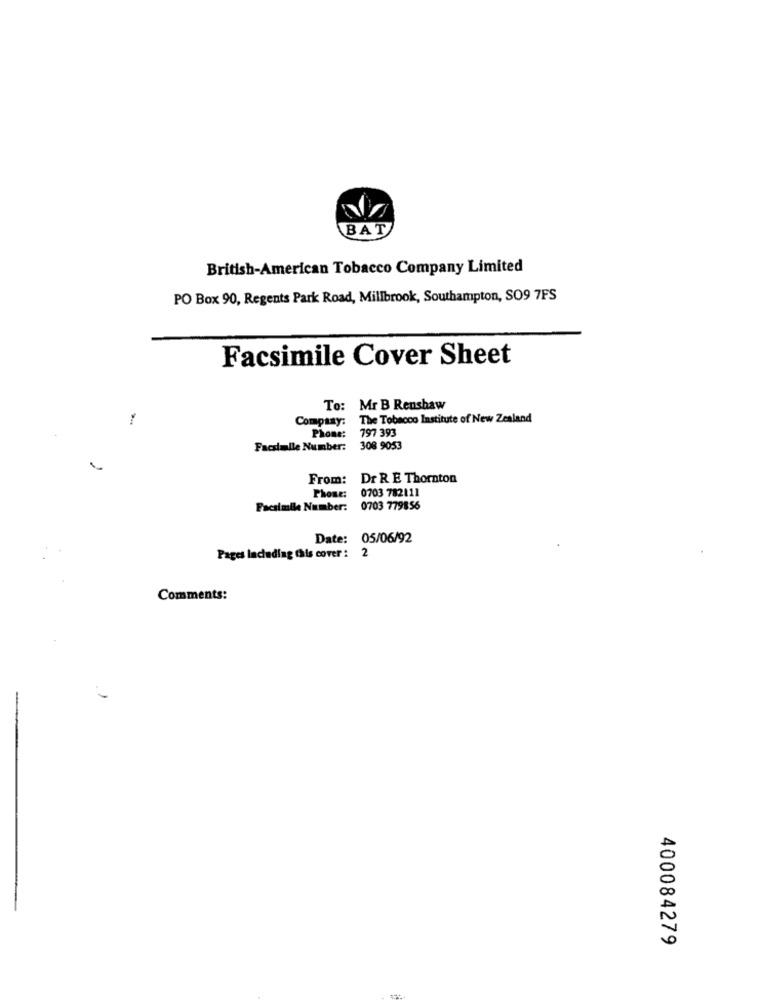
BAT
British-American Tobacco Company Limited
PO Box 90, Regents Park Road, Millbrook, Southampton, SO9 7FS
Facsimile Cover Sheet
To: Mr B Renshaw
Company:
The Tobacco Institute of New Zealand
Phone:
797 393
Facsimile Number: 308 9053
From:
Dr R E Thornton
Phone:
0703 782111
Facsimile Number: 0703 779856
Date: 05/06/92
Pages Including this cover : 2
Comments:
400084279